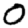
Digit: 0